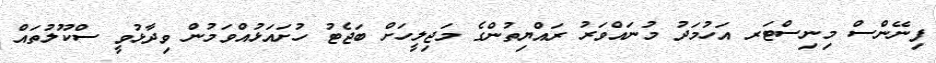
ފިނޭންސް މިނިސްޓަރ އަހުމަދު މުނައްވަރު ރައްޔިތުންގެ މަޖިލީހަށް ބަޖެޓު ހުށައަޅުއްވަމުން ވިދާޅުވީ ސްކޫލުތައް